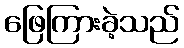
ဖြေကြားခဲ့သည်